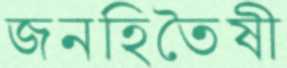
জনহিতৈষী